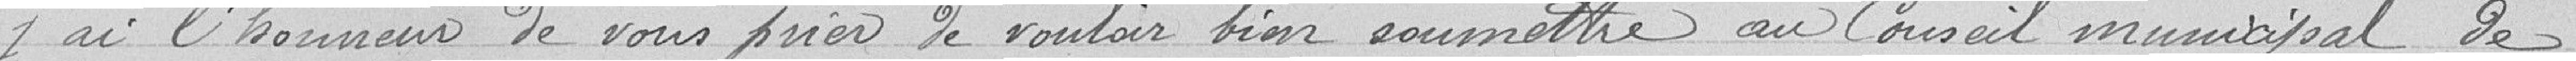
j'ai l'honneur de vous prier de vouloir soumettre au Conseil municipal de